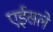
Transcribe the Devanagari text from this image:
एईसले